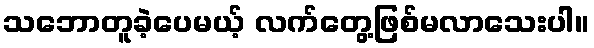
သဘောတူခဲ့ပေမယ့် လက်တွေ့ဖြစ်မလာသေးပါ။